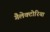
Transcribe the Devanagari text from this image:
गैलेक्टोरिया